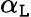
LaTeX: \alpha_{\mathtt{L}}